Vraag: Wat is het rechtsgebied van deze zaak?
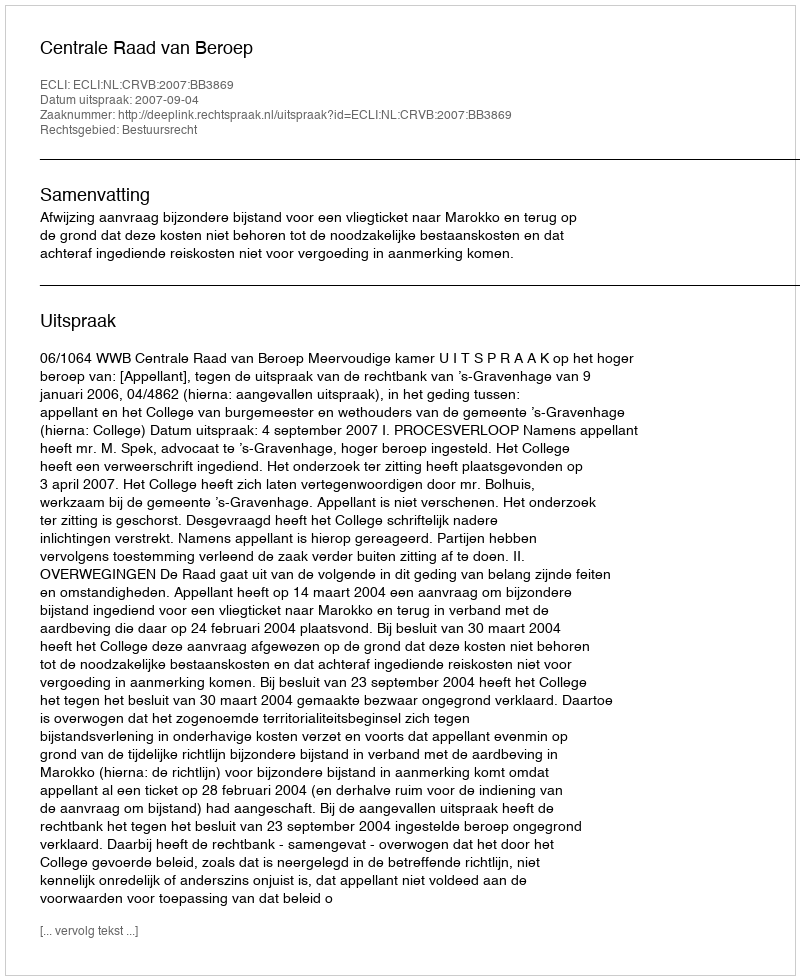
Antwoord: Bestuursrecht